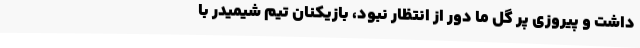
داشت و پیروزی پر گل ما دور از انتظار نبود، بازیکنان تیم شیمیدر با